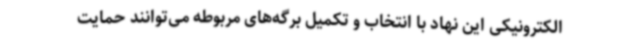
الکترونیکی این نهاد با انتخاب و تکمیل برگه‌های مربوطه می‌توانند حمایت